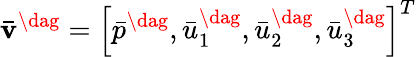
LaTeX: {{{\mathbf{\bar{v}}^{\dag}}}}={\left[{\bar{p}^{\dag},\bar{u}_{1}^{\dag},\bar{u}_{2}^{\dag},\bar{u}_{3}^{\dag}}\right]^{T}}